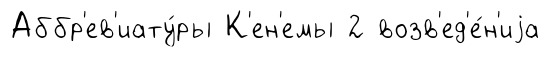
Аббр'ев'иату́ры К'ен'емы 2 возв'ед'е́н'иjа